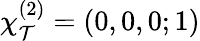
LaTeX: \chi_{\mathcal{T}}^{(2)}=(0,0,0;1)